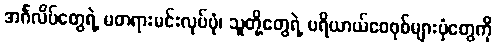
အင်္ဂလိပ်တွေရဲ့ မတရားမင်းလုပ်ပုံ၊ သူတို့တွေရဲ့ ပရိယာယ်ဝေဝုစ်များပုံတွေကို